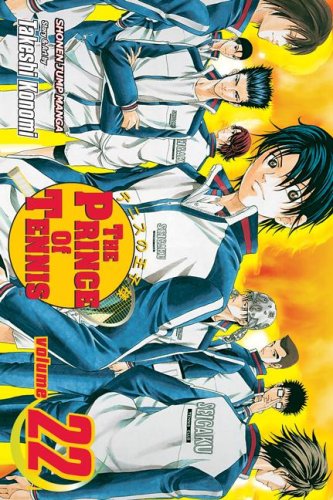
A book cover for Prince of Tennis, Vol. 22; Takeshi Konomi; Comics & Graphic Novels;